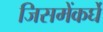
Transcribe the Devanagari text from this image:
जिसमेंकर्घे